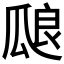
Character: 𰢝